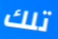
تلك